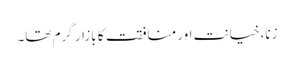
زنا، خیانت اور منافقت کا بازار گرم تھا۔